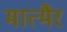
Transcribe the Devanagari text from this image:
मात्मैर